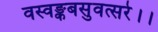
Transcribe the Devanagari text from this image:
वस्वङ्कबसुवत्सरे।।